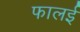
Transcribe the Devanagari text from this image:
फालई